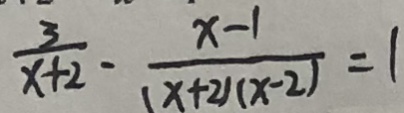
\frac { 3 } { x + 2 } - \frac { x - 1 } { ( x + 2 ) ( x - 2 ) } = 1